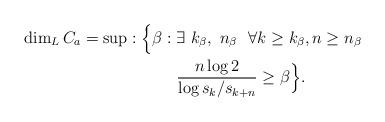
LaTeX: \begin{align*}\dim _{L}C_{a}=\sup :\Bigl\{\beta :\exists \ k_{\beta },\ n_{\beta }\ \ \forall & k\geq k_{\beta },n\geq n_{\beta } \\\frac{n\log 2}{\log s_{k}/s_{k+n}}& \geq \beta \Bigr\}. \end{align*}